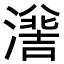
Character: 𭲯